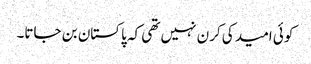
کوئی امید کی کرن نہیں تھی کہ پاکستان بن جاتا۔